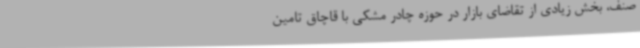
صنف، بخش زیادی از تقاضای بازار در حوزه چادر‌ مشکی با قاچاق تامین